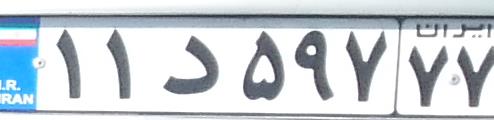
۱۱د۵۹۷۷۷